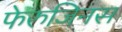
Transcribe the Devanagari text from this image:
फेरुजिनस